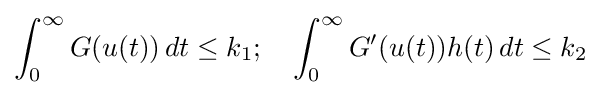
\int _{0}^{\infty }G(u(t))\,dt\leq k_{1};\quad \int _{0}^{\infty }G'(u(t))h(t)\,dt\leq k_{2}